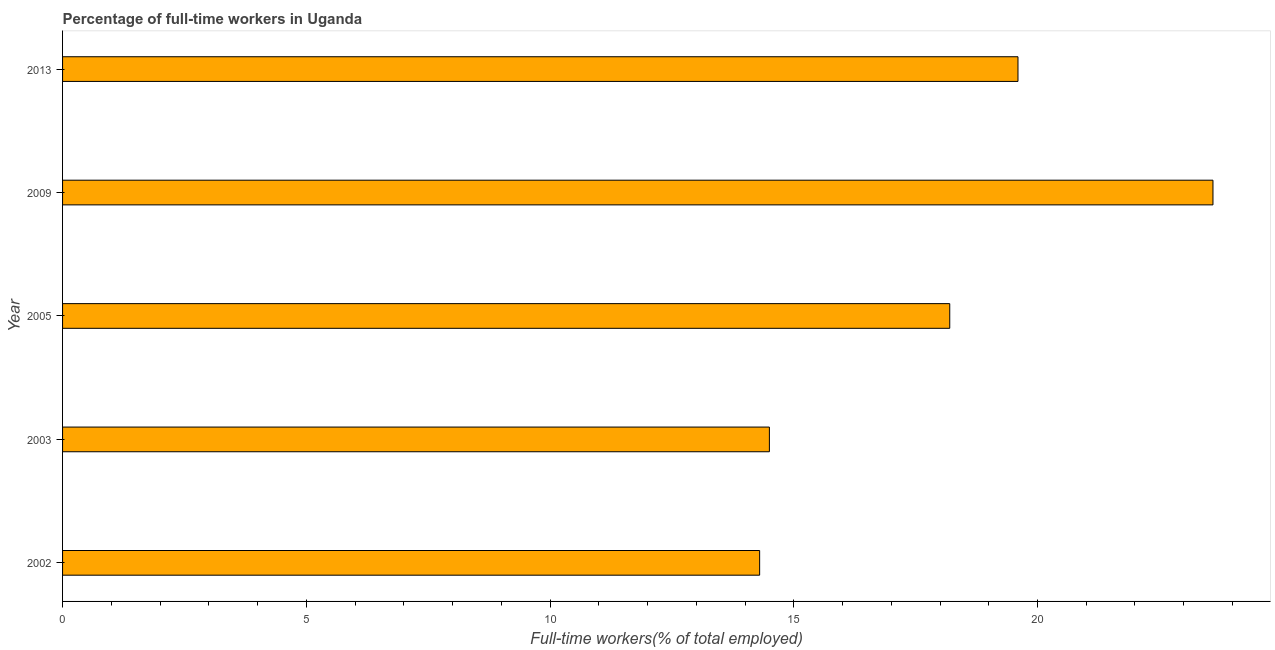
| Year | Wage and salaried workers |
 | --- | --- |
 | 2002 | 14.3 |
 | 2003 | 14.5 |
 | 2005 | 18.2 |
 | 2009 | 23.6 |
 | 2013 | 19.6 |